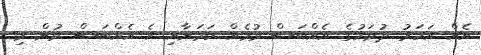
އެއް އަހަރު ދުވަހުގެ އެއްބަސް ވުމެއް ކަމަށާއި އެ އެއްބަސް ވުން މި